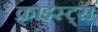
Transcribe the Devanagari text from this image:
क्राइस्ट्स